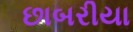
છાબરીયા